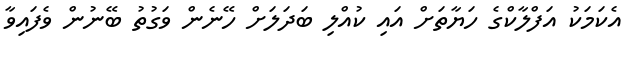
އެކަމަކު އަފްލާކްގެ ހަޔާތަށް އައި ކުއްލި ބަދަލަށް ހޭނެން ވަގުތު ބޭނުން ވެފައިވާ